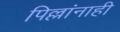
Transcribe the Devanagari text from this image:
पिल्लांनाही